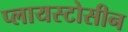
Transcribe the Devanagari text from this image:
प्लायस्टोसीन